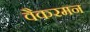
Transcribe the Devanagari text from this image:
वैकरमन